Annual report on the working of the mental hospitals in the Madras Presidency - 1912-1932
Year: 1912
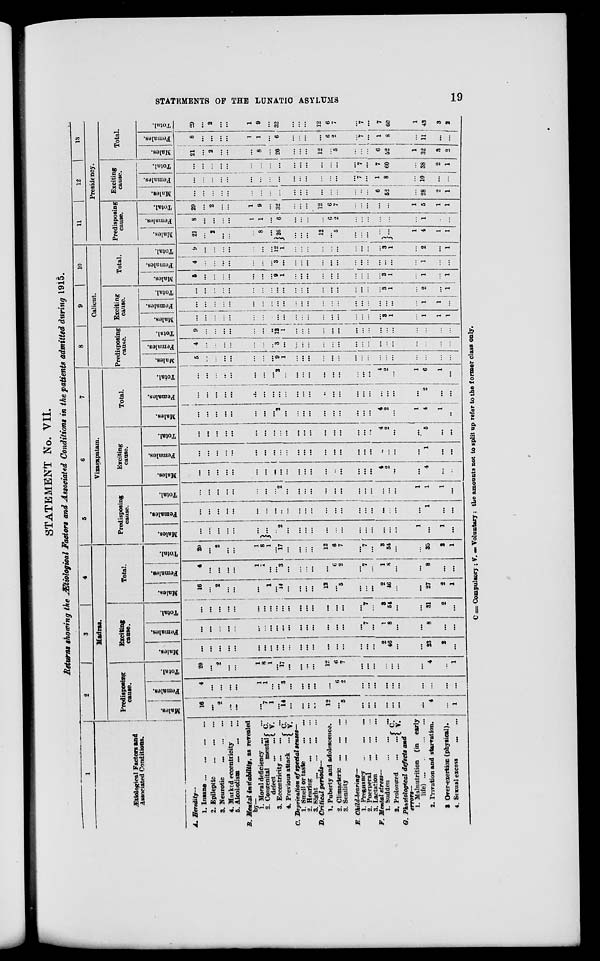
STATEMENTS OF THE LUNATIC ASYLUMS
19
STATEMENT No. VII.
Returns showing the Ætiological Factors and Associated Conditions in the patients admitted during 1915.
1
Ætiological Factors and
Associated Conditions.
A. Heredity—
1. Insane
...
...
...
...
2. Epileptic ... ... ...
3. Neurotic
...
...
...
4. Marked eccentricity ...
5. Alcoholism ... ... ...
B. Mental instability,
as revealed
by—
1. Moral deficiency ... ...
2. Congenital
mental
defect
...
... C.
V.
3. Eccentricity ... ... ...
4. Previous attack
... C.
V.
C. Deprivation of special senses—
1. Smell or taste
...
...
2. Hearing ... ... ...
3.
Sight ... ... ... ...
D. Critical periods—
1. Puberty and adolescence.
2. Climacteric ... ... ...
3. Senility ... ... ...
E. Child-bearing—
1. Pregnancy ... ... ...
2. Puerperal ... ... ...
3. Lactation
...
...
...
F. Mental stress—
1. Sudden
...
...
...
2. Prolonged
...
... C.
V.
G. Physiological defects and
errors—
1. Malnutrition (in early
life)
...
...
...
...
2. Privation and starvation.
3. Over-exertion (physical).
4. Sexual excess ... ...
2 3
4
Madras.
Predisposing
cause.
Males.
16
...
2
...
...
...
7
1
...
14
...
...
...
...
12
...
5
...
...
...
...
...
...
...
4
...
1
Females.
4
...
...
...
...
1
1
...
...
3
...
...
...
...
...
6
2
...
...
...
...
...
...
...
...
...
...
Total.
20
...
2
...
...
1
8
1
...
17
...
...
...
...
12
6
7
...
...
...
...
...
...
...
4
...
1
Exciting
cause.
Males.
...
...
...
...
...
...
...
...
...
...
...
...
...
...
...
...
...
...
...
...
2
46
...
...
23
2
...
Females.
...
...
...
...
...
...
...
...
...
...
...
...
...
...
...
...
...
...
7
...
1
8
...
...
8
...
...
Total.
...
...
...
...
...
...
...
...
...
...
...
...
...
...
...
...
...
...
7
...
3
54
...
...
31
2
...
Total.
Males.
16
...
2
...
...
...
...
1
...
14
...
...
...
...
12
...
5
...
...
...
2
46
...
...
27
2
1
Females.
4
...
...
...
...
1
1
...
...
3
...
...
...
...
...
6
2
...
7
...
1
8
...
...
8
...
...
Total.
20
...
2
...
...
1
8
1
...
17
...
...
...
...
12
6
7
...
7
...
3
54
...
...
35
2
1
5
6
7
Vizagapatam.
Predisposing
cause.
Males.
...
...
...
...
...
...
...
...
2
...
...
...
...
...
...
...
...
...
...
...
...
...
1
...
1
...
Females.
...
...
...
...
...
...
...
...
...
...
...
...
...
...
...
...
...
...
...
...
...
...
...
1
...
...
Total.
...
...
...
...
...
...
...
...
2
...
...
...
...
...
...
...
...
...
...
...
...
...
1
1
1
...
Exciting
cause.
Males.
...
...
...
...
...
...
...
...
...
...
...
...
...
...
...
...
...
...
...
4
2
...
...
4
...
...
Females.
...
...
...
...
...
...
...
...
...
...
...
...
...
...
...
...
...
...
...
...
...
...
...
1
...
...
Total.
...
...
...
...
...
...
...
...
...
...
...
...
...
...
...
...
...
...
...
4
2
...
...
5
...
...
Total.
Males.
...
...
...
...
...
...
...
...
2
...
...
...
...
...
...
...
...
...
...
4
2
...
1
4
1
...
Females.
...
...
...
...
...
...
...
...
...
...
...
...
...
...
...
...
...
...
...
...
...
...
...
2
...
...
Total.
...
...
...
...
...
...
...
...
2
...
...
...
...
...
...
...
...
...
...
4
2
...
1
6
1
...
8
9
10
11
Calicut.
Predisposing
cause.
Males.
5
...
...
...
...
...
...
...
9 1
...
...
...
...
...
...
...
...
...
...
...
...
...
...
...
...
Females.
4
...
...
...
...
...
...
...
3
...
...
...
...
...
...
...
...
...
...
...
...
...
...
...
...
...
Total.
9
...
...
...
...
...
...
...
12
1
...
...
...
...
...
...
...
...
...
...
...
...
...
...
...
...
Exciting
cause.
Males.
...
...
...
...
...
...
...
...
...
...
...
...
...
...
...
...
...
...
...
...
3
1
...
1
1
1
Females.
...
...
...
...
...
...
...
...
...
...
...
...
...
...
...
...
...
...
...
...
...
...
...
1
1
...
Total.
...
...
...
...
...
...
...
...
...
...
...
...
...
...
...
...
...
...
...
...
3
1
...
2
...
1
Total.
Males.
5
...
...
...
...
...
...
...
9
1
...
...
...
...
...
...
...
...
...
...
3
1
...
1
...
1
Females.
4
...
...
...
...
...
...
...
3
...
...
...
...
...
...
...
...
...
...
...
...
...
...
1
...
...
Total.
9
...
...
...
...
...
...
...
12
1
...
...
...
...
...
...
...
...
...
...
3
1
...
2
...
1
Predisposing
cause.
Males.
21
...
2
...
...
...
8
...
26
...
...
...
12
...
5
...
...
...
... ...
1
4
1
1
Females.
8
...
...
...
...
1
1
...
6
...
...
...
...
6
2
...
...
...
...
...
...
1
...
...
Total.
29
...
2
...
...
1
9
...
32
...
...
...
12
6
7
...
...
...
...
...
1
5
1
1
12
13
Presidency.
Exciting
cause.
Males.
...
...
...
...
...
...
...
...
...
...
...
...
...
...
...
...
...
...
6
52
...
28
2
1
Females.
...
...
...
...
...
...
...
...
...
...
...
...
...
...
...
...
7
...
1
8
...
10
...
...
Total.
...
...
...
...
...
...
...
...
...
...
...
...
...
...
...
...
7
...
7
60
...
38
2
1
Total.
Males.
21
...
2
...
...
...
8
...
26
...
...
...
12
...
5
...
...
...
6
52
1
32
3
2
Females.
8
...
...
...
...
1
1
...
6
...
...
...
...
6
2
...
7
...
1
8
...
11
...
...
Total.
29
...
2
...
...
1
9
...
32
...
...
...
12
6
7
...
7
...
7
60
1
43
3
2
C = Compulsory; V. = Voluntary; the amounts not to split up refer to the former class only.